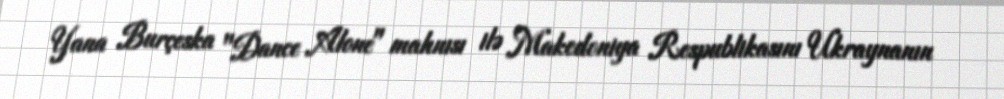
Yana Burçeska "Dance Alone" mahnısı ilə Makedoniya Respublikasını Ukraynanın